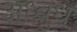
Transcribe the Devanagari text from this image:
अध्बुध